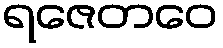
ရဇေတဝေ